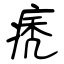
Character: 痜